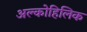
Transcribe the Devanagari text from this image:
अल्कोहिलिक